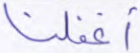
أغفلنا